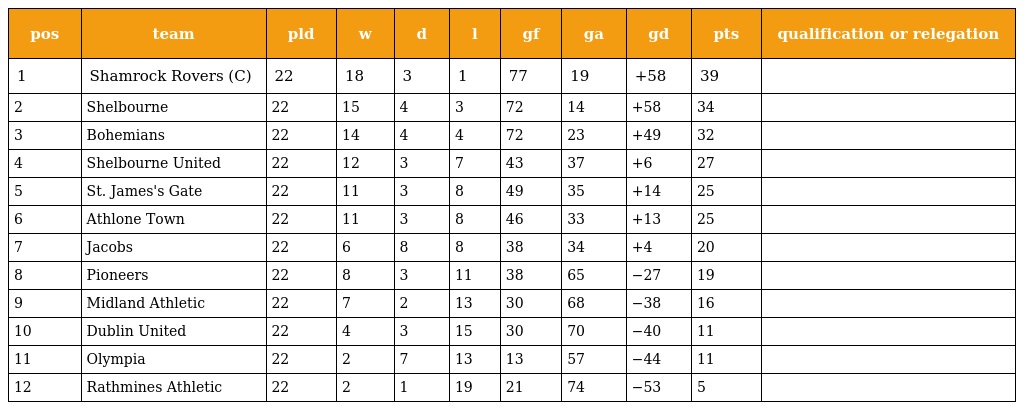
| pos | team | pld | w | d | l | gf | ga | gd | pts | qualification or relegation |
 | --- | --- | --- | --- | --- | --- | --- | --- | --- | --- | --- |
 | 1 | Shamrock Rovers (C) | 22 | 18 | 3 | 1 | 77 | 19 | +58 | 39 |  |
 | 2 | Shelbourne | 22 | 15 | 4 | 3 | 72 | 14 | +58 | 34 |  |
 | 3 | Bohemians | 22 | 14 | 4 | 4 | 72 | 23 | +49 | 32 |  |
 | 4 | Shelbourne United | 22 | 12 | 3 | 7 | 43 | 37 | +6 | 27 |  |
 | 5 | St. James's Gate | 22 | 11 | 3 | 8 | 49 | 35 | +14 | 25 |  |
 | 6 | Athlone Town | 22 | 11 | 3 | 8 | 46 | 33 | +13 | 25 |  |
 | 7 | Jacobs | 22 | 6 | 8 | 8 | 38 | 34 | +4 | 20 |  |
 | 8 | Pioneers | 22 | 8 | 3 | 11 | 38 | 65 | −27 | 19 |  |
 | 9 | Midland Athletic | 22 | 7 | 2 | 13 | 30 | 68 | −38 | 16 |  |
 | 10 | Dublin United | 22 | 4 | 3 | 15 | 30 | 70 | −40 | 11 |  |
 | 11 | Olympia | 22 | 2 | 7 | 13 | 13 | 57 | −44 | 11 |  |
 | 12 | Rathmines Athletic | 22 | 2 | 1 | 19 | 21 | 74 | −53 | 5 |  |